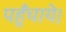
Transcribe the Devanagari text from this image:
पहुँचाये।